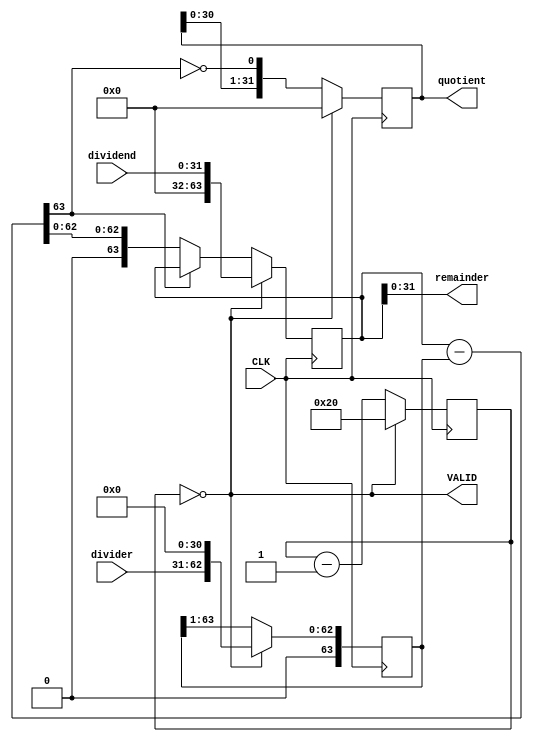
module divider(quotient,remainder,VALID,dividend,divider,CLK);

input  CLK;
input [31:0]  dividend,divider;

output [31:0] quotient,remainder;
output VALID;

reg [31:0]    quotient;
reg [63:0]    dividend_copy, divider_copy, diff;
reg [6:0]     bit;

wire          VALID=!bit;
wire [31:0]   remainder = dividend_copy[31:0];

initial bit = 0;

always @(posedge CLK)

	if(VALID) begin

     bit = 32;
     quotient = 0;
     dividend_copy = {32'd0,dividend};
     divider_copy = {1'b0,divider,31'd0};
	  end
	  else begin

        diff = dividend_copy - divider_copy;
        quotient = { quotient[30:0], ~diff[63] };
        divider_copy = { 1'b0, divider_copy[63:1] };
        if ( !diff[63] ) dividend_copy = diff;
        bit = bit - 1;

        end

endmodule